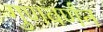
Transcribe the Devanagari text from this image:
गुणवर्णंन